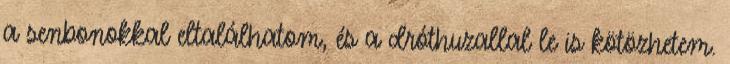
a senbonokkal eltalálhatom, és a dróthuzallal le is kötözhetem.